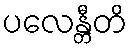
ပလေန္တီတိ